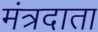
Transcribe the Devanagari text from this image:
मंत्रदाता